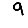
Digit: 9